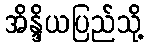
အိန္ဒိယပြည်သို့